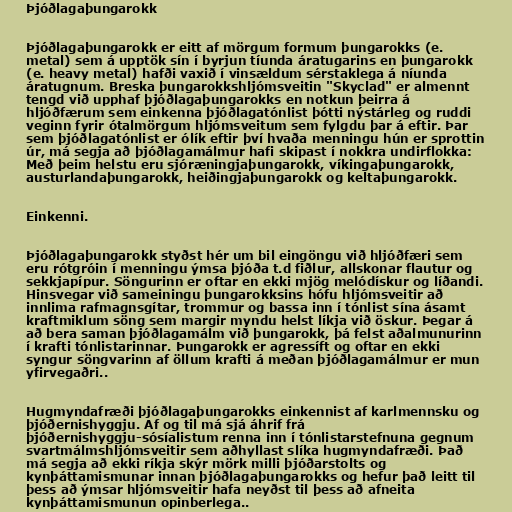
Þjóðlagaþungarokk

Þjóðlagaþungarokk er eitt af mörgum formum þungarokks (e.
metal) sem á upptök sín í byrjun tíunda áratugarins en þungarokk
(e. heavy metal) hafði vaxið í vinsældum sérstaklega á níunda
áratugnum. Breska þungarokkshljómsveitin "Skyclad" er almennt
tengd við upphaf þjóðlagaþungarokks en notkun þeirra á
hljóðfærum sem einkenna þjóðlagatónlist þótti nýstárleg og ruddi
veginn fyrir ótalmörgum hljómsveitum sem fylgdu þar á eftir. Þar
sem þjóðlagatónlist er ólík eftir því hvaða menningu hún er sprottin
úr, má segja að þjóðlagamálmur hafi skipast í nokkra undirflokka:
Með þeim helstu eru sjóræningjaþungarokk, víkingaþungarokk,
austurlandaþungarokk, heiðingjaþungarokk og keltaþungarokk.

Einkenni.

Þjóðlagaþungarokk styðst hér um bil eingöngu við hljóðfæri sem
eru rótgróin í menningu ýmsa þjóða t.d fiðlur, allskonar flautur og
sekkjapípur. Söngurinn er oftar en ekki mjög melódískur og líðandi.
Hinsvegar við sameiningu þungarokksins hófu hljómsveitir að
innlima rafmagnsgítar, trommur og bassa inn í tónlist sína ásamt
kraftmiklum söng sem margir myndu helst líkja við öskur. Þegar á
að bera saman þjóðlagamálm við þungarokk, þá felst aðalmunurinn
í krafti tónlistarinnar. Þungarokk er agressíft og oftar en ekki
syngur söngvarinn af öllum krafti á meðan þjóðlagamálmur er mun
yfirvegaðri..

Hugmyndafræði þjóðlagaþungarokks einkennist af karlmennsku og
þjóðernishyggju. Af og til má sjá áhrif frá
þjóðernishyggju-sósíalistum renna inn í tónlistarstefnuna gegnum
svartmálmshljómsveitir sem aðhyllast slíka hugmyndafræði. Það
má segja að ekki ríkja skýr mörk milli þjóðarstolts og
kynþáttamismunar innan þjóðlagaþungarokks og hefur það leitt til
þess að ýmsar hljómsveitir hafa neyðst til þess að afneita
kynþáttamismunun opinberlega..